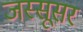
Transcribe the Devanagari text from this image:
जस्सूसर